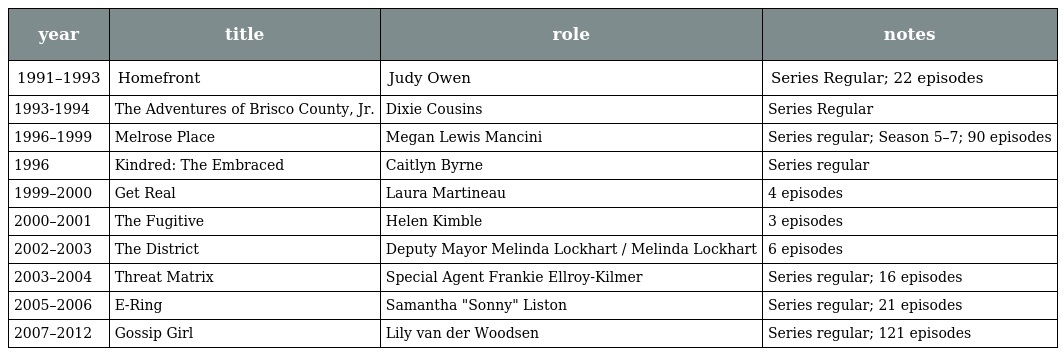
| year | title | role | notes |
 | --- | --- | --- | --- |
 | 1991–1993 | Homefront | Judy Owen | Series Regular; 22 episodes |
 | 1993-1994 | The Adventures of Brisco County, Jr. | Dixie Cousins | Series Regular |
 | 1996–1999 | Melrose Place | Megan Lewis Mancini | Series regular; Season 5–7; 90 episodes |
 | 1996 | Kindred: The Embraced | Caitlyn Byrne | Series regular |
 | 1999–2000 | Get Real | Laura Martineau | 4 episodes |
 | 2000–2001 | The Fugitive | Helen Kimble | 3 episodes |
 | 2002–2003 | The District | Deputy Mayor Melinda Lockhart / Melinda Lockhart | 6 episodes |
 | 2003–2004 | Threat Matrix | Special Agent Frankie Ellroy-Kilmer | Series regular; 16 episodes |
 | 2005–2006 | E-Ring | Samantha "Sonny" Liston | Series regular; 21 episodes |
 | 2007–2012 | Gossip Girl | Lily van der Woodsen | Series regular; 121 episodes |